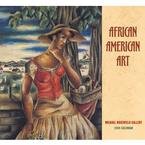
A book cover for African American Art 2009 Wall Calendar; Calendars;